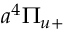
a ^ { 4 } \Pi _ { u + }